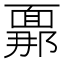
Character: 𮧍